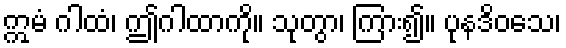
ဣမံ ဂါထံ၊ ဤဂါထာကို။ သုတွာ၊ ကြား၍။ ပုနဒိဝသေ၊